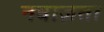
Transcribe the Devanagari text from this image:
नवाज़ता